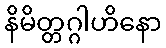
နိမိတ္တဂ္ဂါဟိနော